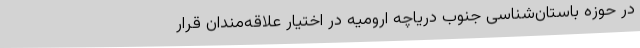
در حوزه باستان‌شناسی جنوب دریاچه ارومیه در اختیار علاقه‌مندان قرار